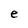
Character: e